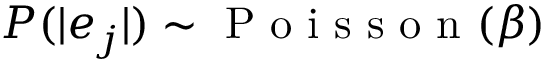
P ( | e _ { j } | ) \sim \mathrm { ~ P ~ o ~ i ~ s ~ s ~ o ~ n ~ } ( \beta )